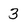
Character: 3